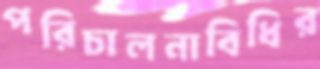
পরিচালনাবিধির